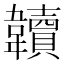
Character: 韥